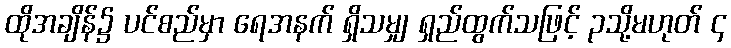
ထိုအချိန်၌ ပင်စည်မှာ ရေအနက် ရှိသမျှ ရှည်ထွက်သဖြင့် ၃သို့မဟုတ် ၄